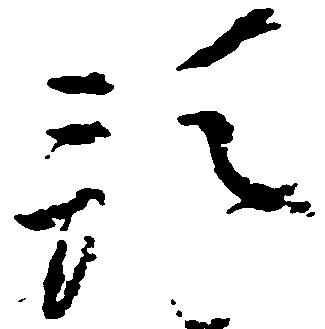
預